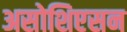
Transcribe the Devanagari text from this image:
असोशिएसन